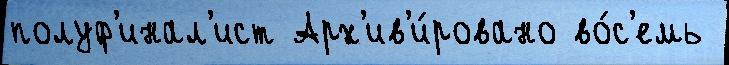
полуф'инал'ист Арх'ив'и́ровано во́с'емь